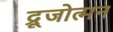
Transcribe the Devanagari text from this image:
द्रूजोत्मन